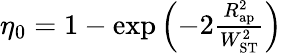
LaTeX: \begin{array}{r}{\eta_{0}=1-\exp\left(-2\frac{R_{\mathrm{ap}}^{2}}{W_{\mathrm{ST}}^{2}}\right)}\end{array}